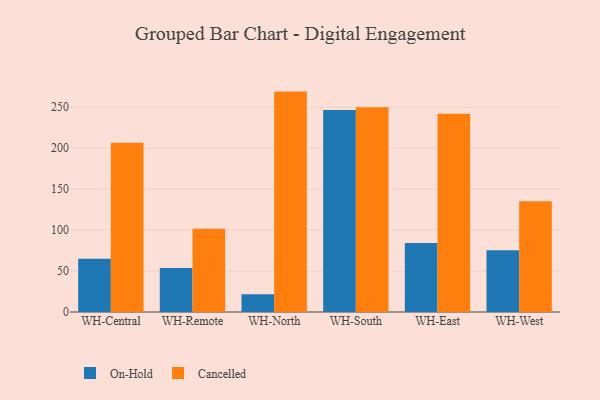
{"axis": {"x": "Warehouse", "y": "Backlog"}, "legend": ["Cancelled", "On-Hold"], "data": [{"x": "WH-Central", "y": 65.0, "type": "On-Hold"}, {"x": "WH-Central", "y": 206.6, "type": "Cancelled"}, {"x": "WH-Remote", "y": 53.6, "type": "On-Hold"}, {"x": "WH-Remote", "y": 101.5, "type": "Cancelled"}, {"x": "WH-North", "y": 21.7, "type": "On-Hold"}, {"x": "WH-North", "y": 269.1, "type": "Cancelled"}, {"x": "WH-South", "y": 246.6, "type": "On-Hold"}, {"x": "WH-South", "y": 250.0, "type": "Cancelled"}, {"x": "WH-East", "y": 84.1, "type": "On-Hold"}, {"x": "WH-East", "y": 242.1, "type": "Cancelled"}, {"x": "WH-West", "y": 75.4, "type": "On-Hold"}, {"x": "WH-West", "y": 135.3, "type": "Cancelled"}]}